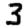
Digit: 3